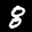
Label: 8